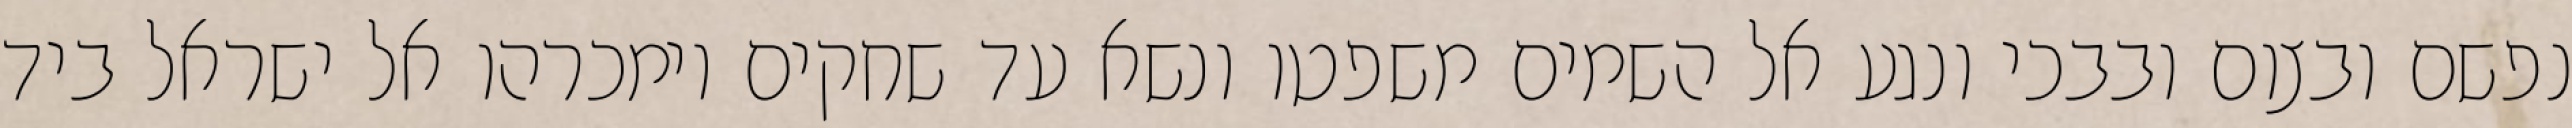
נפשם ובצום ובבכי ונגע אל השמים משפטו ונשא עד שחקים וימכרהו אל ישראל ביד